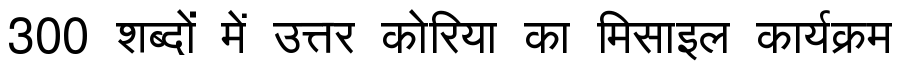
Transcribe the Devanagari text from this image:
300 शब्दों में उत्तर कोरिया का मिसाइल कार्यक्रम